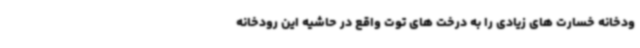
ودخانه خسارت های زیادی را به درخت های توت واقع در حاشیه این رودخانه